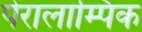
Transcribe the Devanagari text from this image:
पेरालाम्पिक